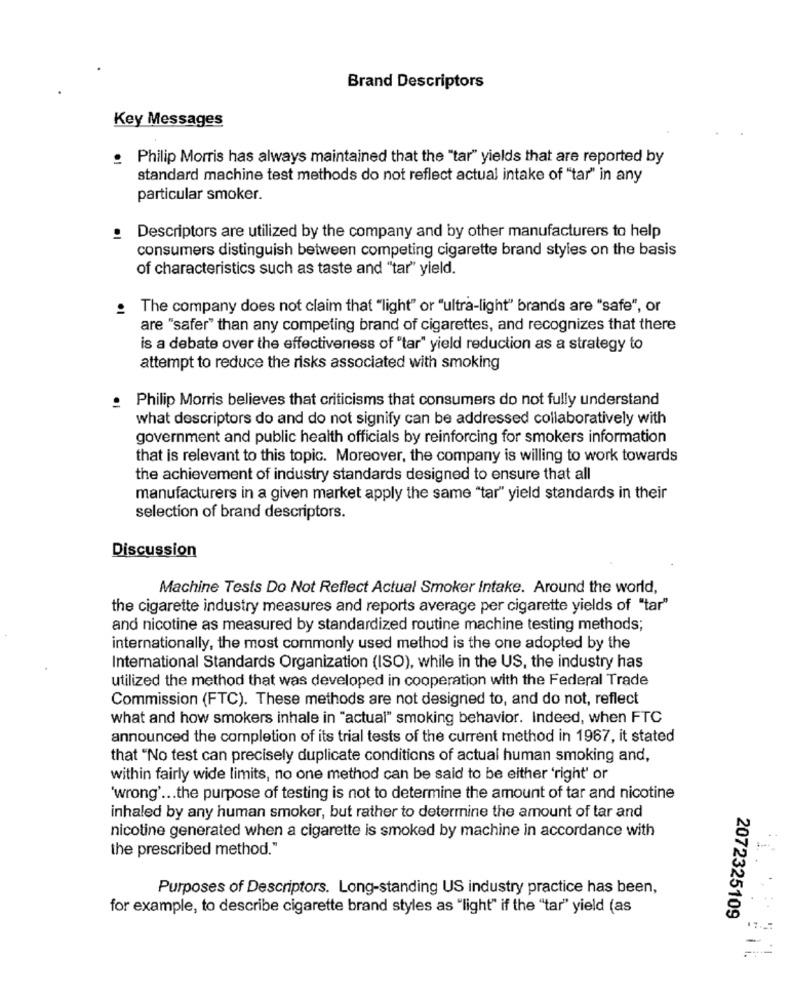
Brand Descriptors
Key Messages
. Philip Morris has always maintained that the "tar" yields that are reported by
standard machine test methods do not reflect actual intake of "tar" in any
particular smoker.
Descriptors are utilized by the company and by other manufacturers to help
consumers distinguish between competing cigarette brand styles on the basis
of characteristics such as taste and "tar" yield.
: The company does not claim that "light" or "ultra-light" brands are "safe", or
are "safer" than any competing brand of cigarettes, and recognizes that there
is a debate over the effectiveness of "tar" yield reduction as a strategy to
attempt to reduce the risks associated with smoking
: Philip Morris believes that criticisms that consumers do not fully understand
what descriptors do and do not signify can be addressed collaboratively with
government and public health officials by reinforcing for smokers information
that is relevant to this topic. Moreover, the company is willing to work towards
the achievement of industry standards designed to ensure that all
manufacturers in a given market apply the same "tar" yield standards in their
selection of brand descriptors.
Discussion
Machine Tests Do Not Reflect Actual Smoker Intake. Around the world,
the cigarette industry measures and reports average per cigarette yields of "tar"
and nicotine as measured by standardized routine machine testing methods;
internationally, the most commonly used method is the one adopted by the
International Standards Organization (ISO), while in the US, the industry has
utilized the method that was developed in cooperation with the Federal Trade
Commission (FTC). These methods are not designed to, and do not, reflect
what and how smokers inhale in "actual" smoking behavior. Indeed, when FTC
announced the completion of its trial tests of the current method in 1967, it stated
that "No test can precisely duplicate conditions of actual human smoking and,
within fairly wide limits, no one method can be said to be either 'right' or
wrong' ... the purpose of testing is not to determine the amount of tar and nicotine
inhaled by any human smoker, but rather to determine the amount of tar and
nicotine generated when a cigarette is smoked by machine in accordance with
the prescribed method."
Purposes of Descriptors. Long-standing US industry practice has been,
for example, to describe cigarette brand styles as "light" if the "tar" yield (as
2072325109
-